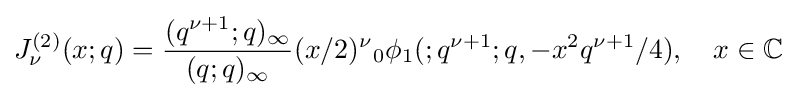
J_{\nu }^{(2)}(x;q)={\frac {(q^{\nu +1};q)_{\infty }}{(q;q)_{\infty }}}(x/2)^{\nu }{}_{0}\phi _{1}(;q^{\nu +1};q,-x^{2}q^{\nu +1}/4),\quad x\in \mathbb {C}